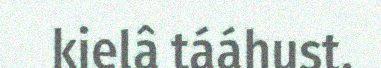
kielâ tááhust.